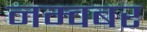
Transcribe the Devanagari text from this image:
नम्वबर